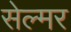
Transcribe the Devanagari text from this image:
सेल्मर